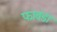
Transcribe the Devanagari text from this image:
फावडा